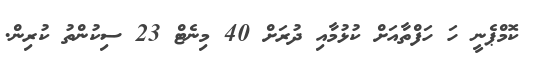
ކޮމްޕެނީ ހަ ހަފްތާއަށް ކުޅުމާއި ދުރަށް 40 މިނެޓް 23 ސިކުންތު ކުރިން.